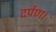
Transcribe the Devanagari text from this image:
दर्पण।